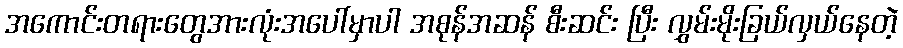
အကောင်းတရားတွေအားလုံးအပေါ်မှာပါ အစုန်အဆန် စီးဆင်း ပြီး လွှမ်းမိုးခြယ်လှယ်နေတဲ့